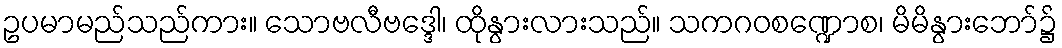
ဥပမာမည်သည်ကား။ သောဗလီဗဒ္ဒေါ၊ ထိုနွားလားသည်။ သကဂဝစဏ္ဍောစ၊ မိမိနွားဘော်၌